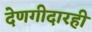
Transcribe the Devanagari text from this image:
देणगीदारही